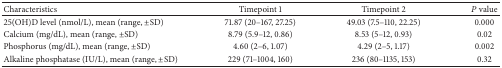
<table><thead><tr><td><b>Characteristics</b></td><td><b>Timepoint 1 </b></td><td><b>Timepoint 2</b></td><td><b><i>P</i> value</b></td></tr></thead><tbody><tr><td>25(OH)D level (nmol/L), mean (range, ±SD)</td><td>71.87 (20–167, 27.25)</td><td>49.03 (7.5–110, 22.25)</td><td>0.000</td></tr><tr><td>Calcium (mg/dL), mean (range, ±SD)</td><td>8.79 (5.9–12, 0.86)</td><td>8.53 (5–12, 0.93)</td><td>0.02</td></tr><tr><td>Phosphorus (mg/dL), mean (range, ±SD)</td><td>4.60 (2–6, 1.07)</td><td>4.29 (2–5, 1.17)</td><td>0.002</td></tr><tr><td>Alkaline phosphatase (IU/L), mean (range, ±SD)</td><td>229 (71–1004, 160)</td><td>236 (80–1135, 153)</td><td>0.32</td></tr></tbody></table>